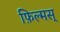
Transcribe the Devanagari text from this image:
फ़िल्मस्